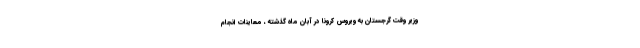
وزیر وقت گرجستان به ویروس کرونا در آبان ماه گذشته ، معاینات انجام